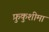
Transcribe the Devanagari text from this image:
फ़ुकुशीमा